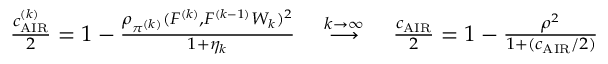
\begin{array} { r } { \frac { c _ { \mathrm { A I R } } ^ { ( k ) } } { 2 } = 1 - \frac { \rho _ { \pi ^ { ( k ) } } ( F ^ { ( k ) } , F ^ { ( k - 1 ) } W _ { k } ) ^ { 2 } } { 1 + \eta _ { k } } \quad \overset { k \to \infty } { \longrightarrow } \quad \frac { c _ { \mathrm { A I R } } } { 2 } = 1 - \frac { \rho ^ { 2 } } { 1 + ( c _ { \mathrm { A I R } } / 2 ) } } \end{array}